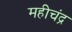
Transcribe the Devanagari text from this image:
महीचंद्र